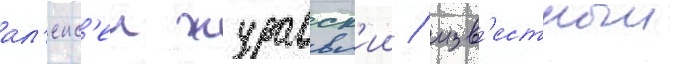
ал'екс'еи журавск'ии / изв'естныи